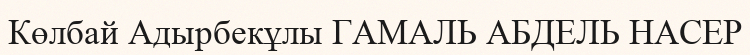
Көлбай Адырбекұлы ГАМАЛЬ АБДЕЛЬ НАСЕР